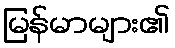
မြန်မာများ၏